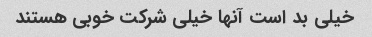
خیلی بد است آنها خیلی شرکت خوبی هستند